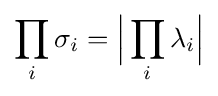
{\prod _{i}\sigma _{i}}={\Big |}\prod _{i}\lambda _{i}{\Big |}